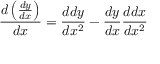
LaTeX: { \frac { d \left( { \frac { d y } { d x } } \right) } { d x } } = { \frac { d d y } { d x ^ { 2 } } } - { \frac { d y } { d x } } { \frac { d d x } { d x ^ { 2 } } }